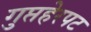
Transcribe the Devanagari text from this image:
गुप्तहेरपट